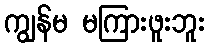
ကျွန်မ မကြားဖူးဘူး